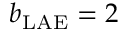
b _ { \mathrm { L A E } } = 2